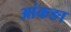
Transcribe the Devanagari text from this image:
आंकङा